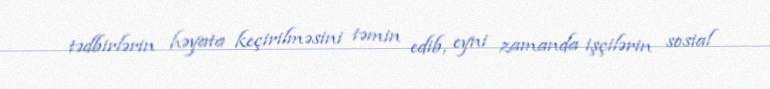
tədbirlərin həyata keçirilməsini təmin edib, eyni zamanda işçilərin sosial